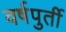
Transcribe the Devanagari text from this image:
वर्षपुर्ती